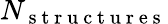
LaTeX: N_{\mathrm{~s~t~r~u~c~t~u~r~e~s~}}